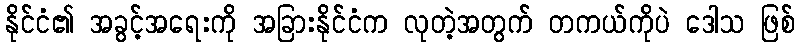
နိုင်ငံ၏ အခွင့်အရေးကို အခြားနိုင်ငံက လုတဲ့အတွက် တကယ်ကိုပဲ ဒေါသ ဖြစ်